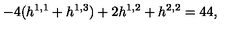
- 4 ( h ^ { 1 , 1 } + h ^ { 1 , 3 } ) + 2 h ^ { 1 , 2 } + h ^ { 2 , 2 } = 4 4 ,